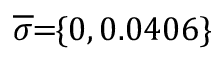
\! \overline { { \sigma } } \! \! = \! \! \{ 0 , 0 . 0 4 0 6 \} \!